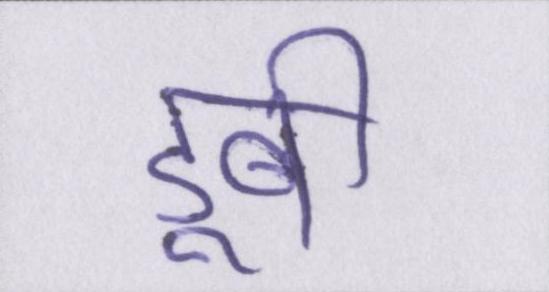
डूबी